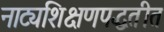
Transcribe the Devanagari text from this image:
नाट्यशिक्षणपद्धतीत